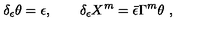
\delta _ { \epsilon } \theta = \epsilon , \qquad \delta _ { \epsilon } X ^ { m } = \bar { \epsilon } \Gamma ^ { m } \theta \ ,